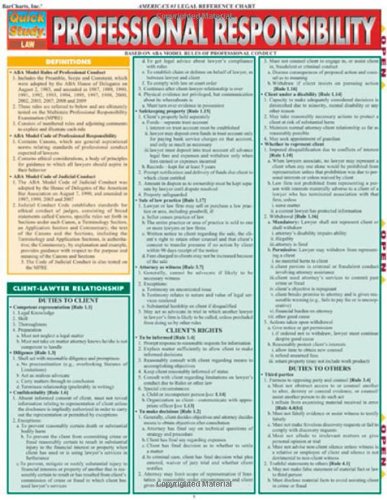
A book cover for Professional Responsibility (Quick Study); Inc. BarCharts; Law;